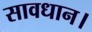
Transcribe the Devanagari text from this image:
सावधान।